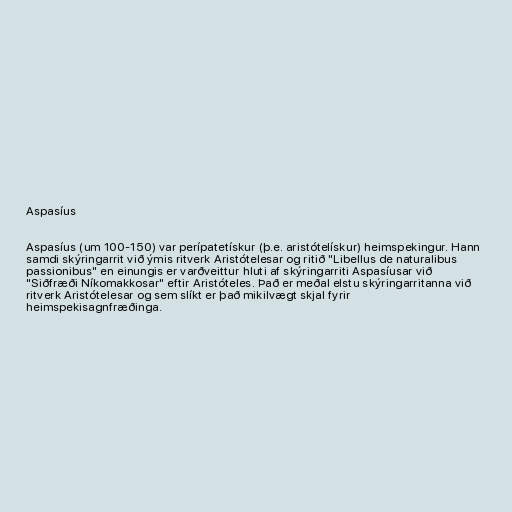
Aspasíus

Aspasíus (um 100-150) var perípatetískur (þ.e. aristótelískur) heimspekingur. Hann
samdi skýringarrit við ýmis ritverk Aristótelesar og ritið "Libellus de naturalibus
passionibus" en einungis er varðveittur hluti af skýringarriti Aspasíusar við
"Siðfræði Níkomakkosar" eftir Aristóteles. Það er meðal elstu skýringarritanna við
ritverk Aristótelesar og sem slíkt er það mikilvægt skjal fyrir
heimspekisagnfræðinga.